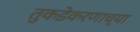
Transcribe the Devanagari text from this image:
तुकडेकरणाच्या